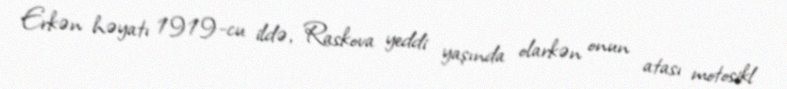
Erkən həyatı 1919-cu ildə, Raskova yeddi yaşında olarkən onun atası motosikl